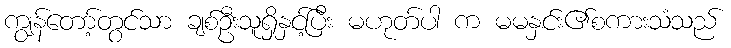
ကျွန်တော့်တွင်သာ ချစ်ဦးသူရှိနှင့်ပြီး မဟုတ်ပါ က မမနှင်း၏စကားသံသည်